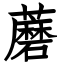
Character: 蘑